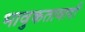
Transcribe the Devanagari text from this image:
भावुकतावादी